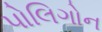
પોલિગોન